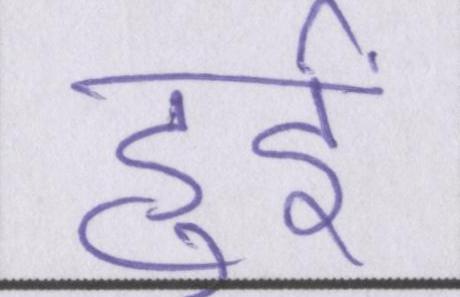
हुईं